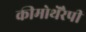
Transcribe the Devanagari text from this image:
कीमोथेरैपी